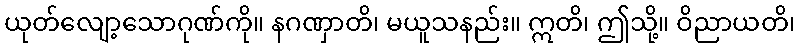
ယုတ်လျော့သောဂုဏ်ကို။ နဂဏှာတိ၊ မယူသနည်း။ ဣတိ၊ ဤသို့။ ဝိညာယတိ၊